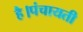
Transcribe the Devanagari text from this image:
है।पंचायती